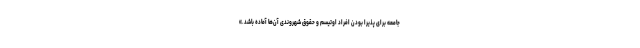
جامعه برای پذیرا بودن افراد اوتیسم و حقوق شهروندی آن‌ها آماده باشد.»